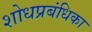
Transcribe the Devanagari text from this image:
शोधप्रबंधिका